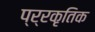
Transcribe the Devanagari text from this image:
प्र्रकृतिक